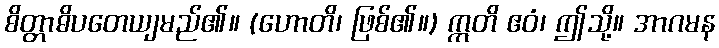
စိတ္တာဓိပတေယျမည်၏။ (ဟောတိ၊ ဖြစ်၏။) ဣတိ ဧဝံ၊ ဤသို့။ အာဂမန